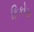
ફિકોસા